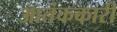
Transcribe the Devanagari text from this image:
आतंककारी